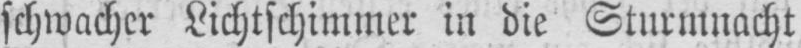
schwacher Lichtschimmer in die Sturmnacht